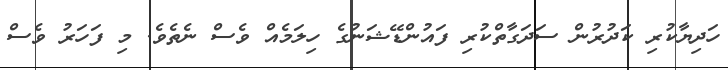
ހަދިޔާކުރި ކަދުރުން ސަދަގާތްކުރި ފައުންޑޭޝަނުގެ ހިލަމެއް ވެސް ނެތެވެ. މި ފަހަރު ވެސް